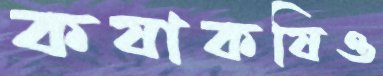
কষাকষিও